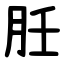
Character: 䏕